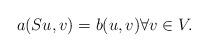
LaTeX: \begin{align*} a(Su,v) = b(u,v) \forall v \in V.\end{align*}